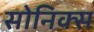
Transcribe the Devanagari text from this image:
सोनिक्स